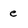
Character: e